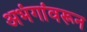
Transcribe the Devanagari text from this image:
अभंगांवरून